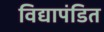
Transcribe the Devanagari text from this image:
विद्यापंडित